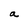
Character: a